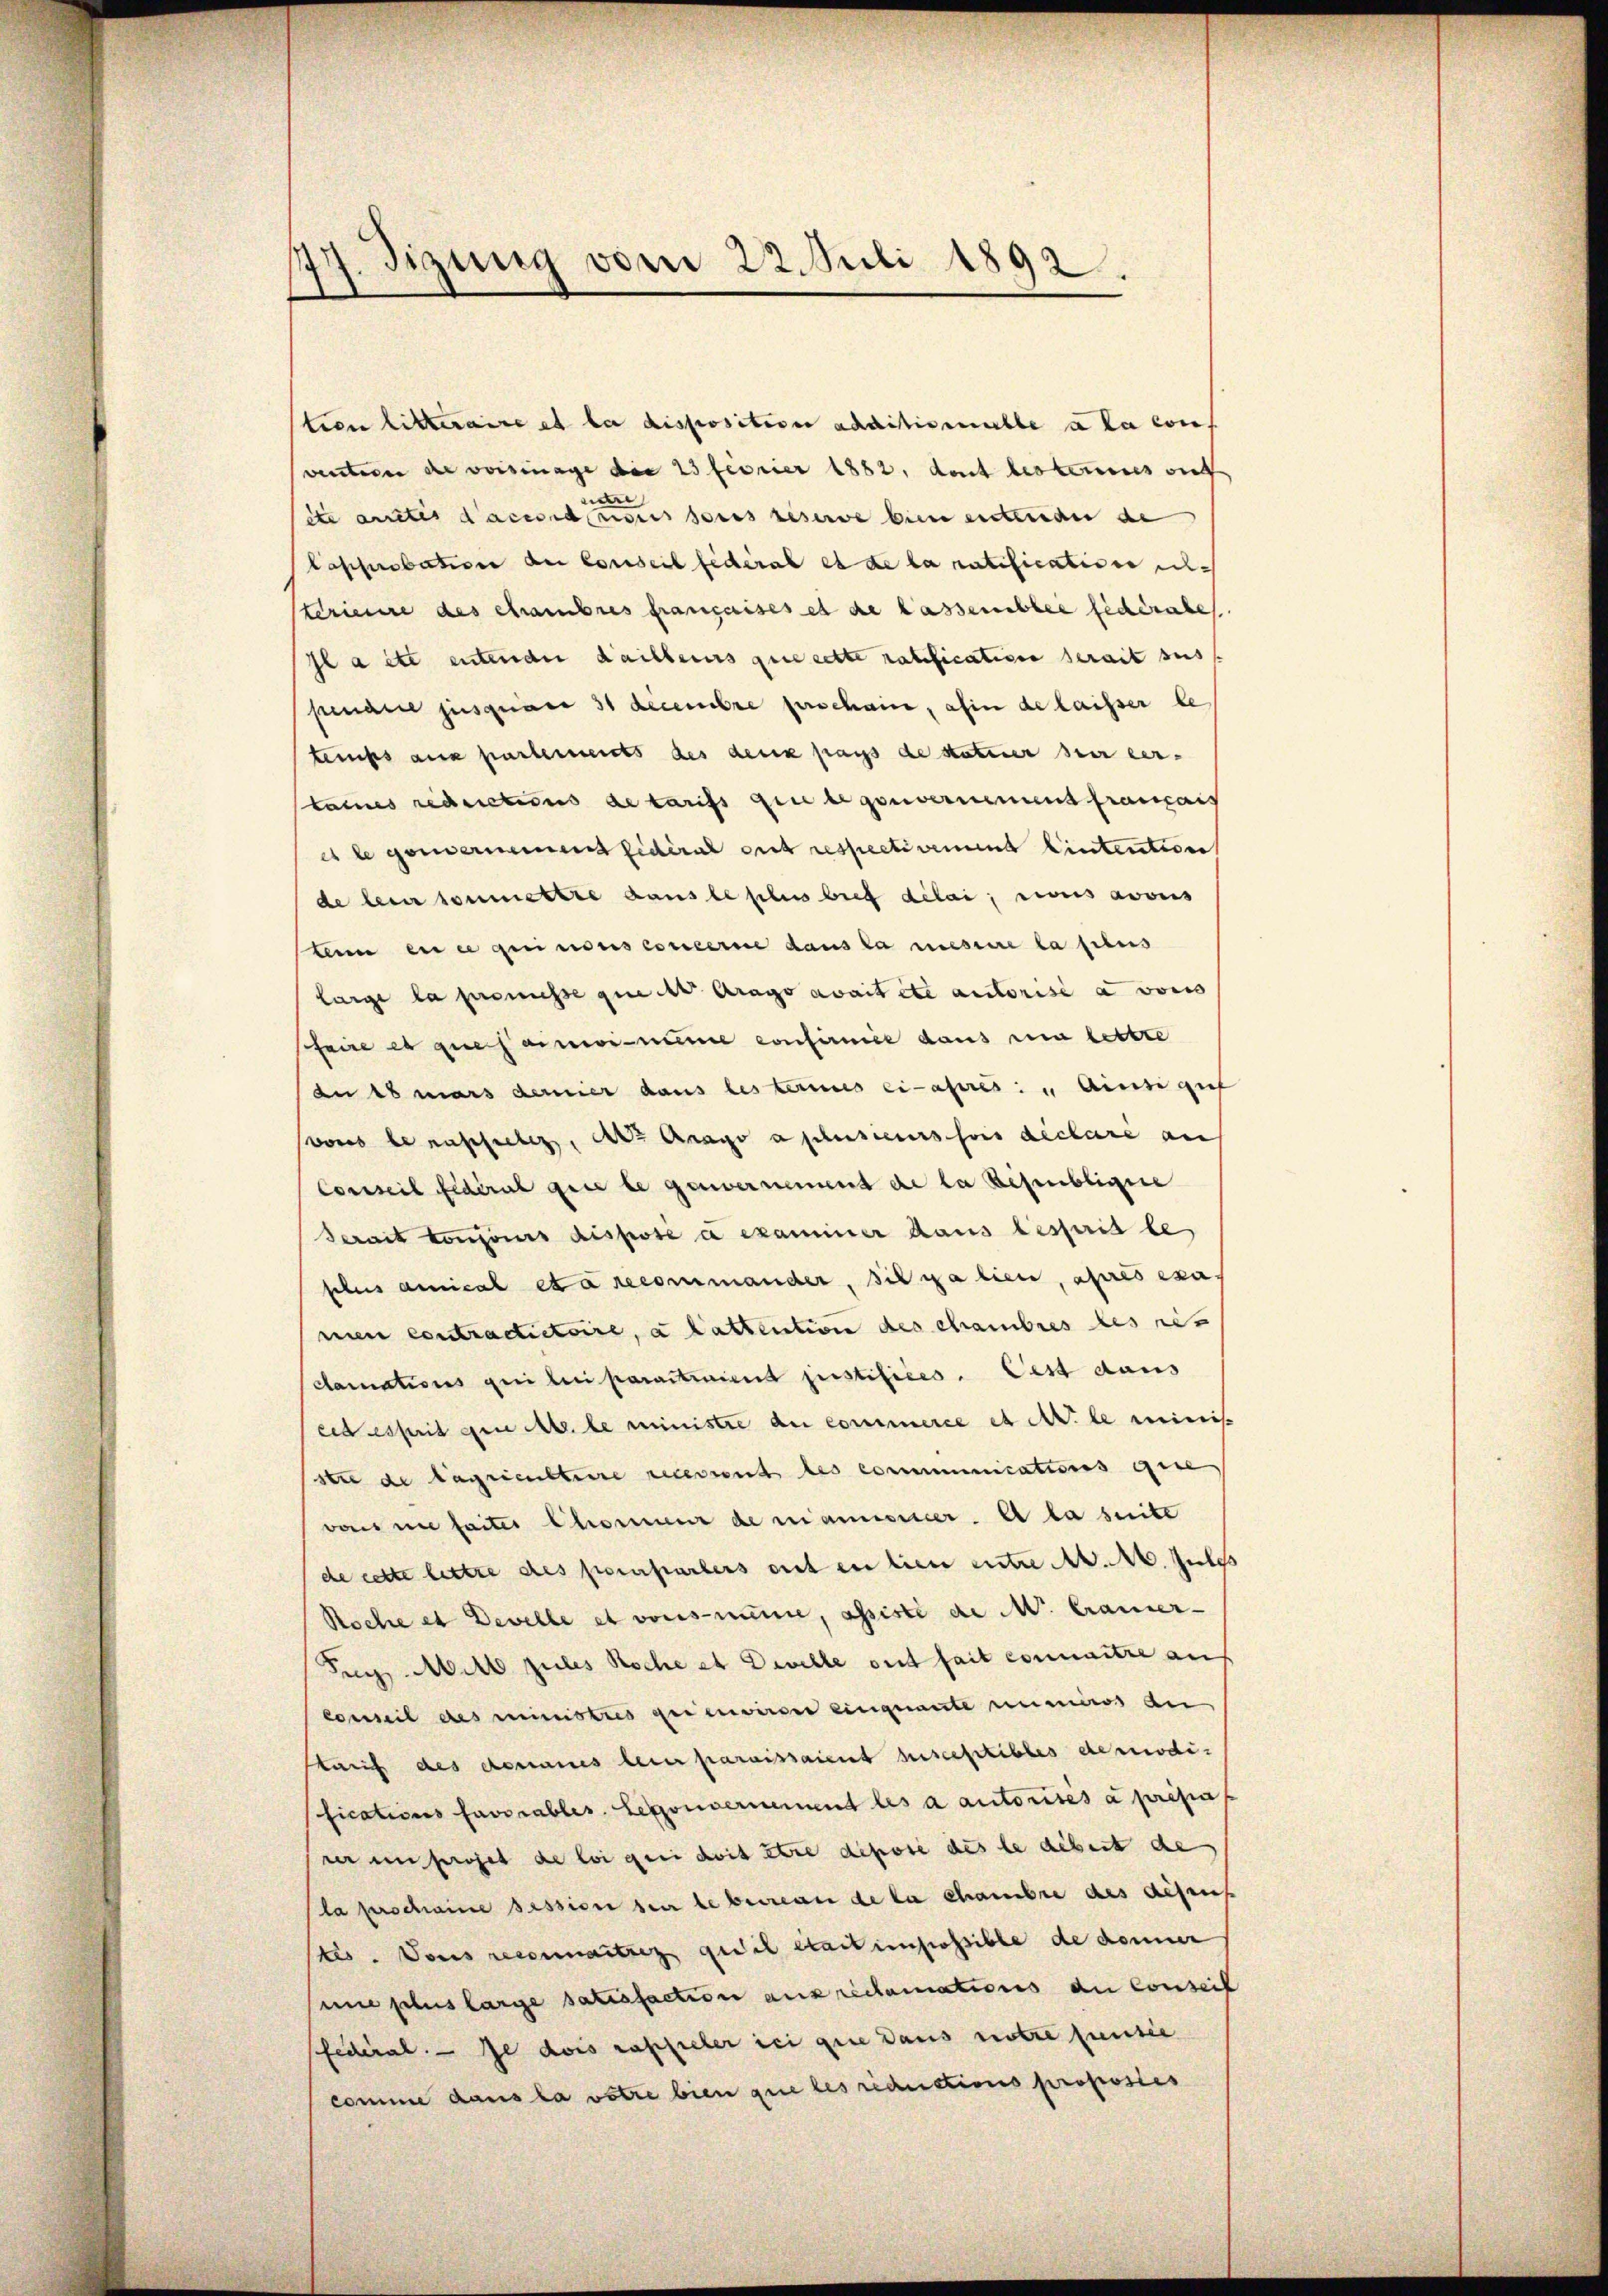
77. Tizung vom 22. Juli 1892.

tien litteraire et la disposition additionible à la conf
ventire de voisinage die 23 feorier 1882, dent besteres suff
dr
deamtes accidens des reserve binne entrigen de
Capprobation der Conseil fédéral et de la ratification eiterieure des chambres françaises et de lassembler federabe
Il a etc entender Kailleurs que cette ratification serait sus
penaue jusquare 31 decembre perschain, ahin de laisser le
temps aus partements des denk pays de statuer sein ver-
taines reductions detarifs den begouvernement franzais
e legenvernement fidéral et respectivement Eintention
de leur somettre dans le plus brief délai, tous avouis
lein en ce quinos concerne dans la messire la sus
large la promisse que v Arago avait été autorise a vors
sfaire et quesaimonie confirmie daus ein lettre
du 18 mars demier dans les termes ci-apres: „ ainsigif
vonis benachsieben, der Arago a plusieurs suis declari auf
Conseil Federat gere legenvernement de la resenblicire
Serait Concours dispose à examiner Haus besprit le
plus annical et a recommander, sie galien, après exa
mien contractictoire, a Cattention des chambres des rit
clamations gei bei parationent justifices. Pest dans
eid esprit gene M. le ministre du commerce et le minis
stre de lagricultere recessent des communications eine
was ne faites Chamer demannsrer. Es la suite
de cette lettre des pereparters ont en lien ente M. M. zules
Koche et Develle et vonsminie, assisti de Mr. Cramer-
Tug. Mitt zules Koche et Dielle ont fait connaitre an
comit des ministres qui envirter einquante numeros au
skauf des Romanes beier paraissaient susceptibles demodi-
fications favorables. Legouvernement les a autorisés a prepas
rer im projet de loi geri doit être depose des le arbeit de
la perschaine session der leberren de la chambre des Actens
ss. Dans reconnaitres gedil étant impossible de donner
une plus large satisfaction ausreclamations du Conseil
Pfederal. - Je dois raschieber sei gute dans notre prentie
comme dans la votre bien que les reductions proposies